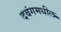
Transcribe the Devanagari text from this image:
दबंगमधील